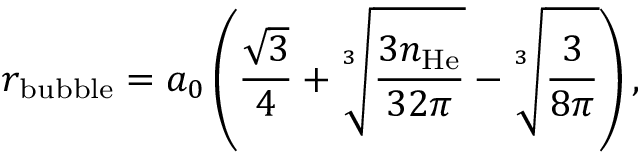
r _ { \mathrm { b u b b l e } } = a _ { 0 } \left( \frac { \sqrt { 3 } } { 4 } + \sqrt [ 3 ] { \frac { 3 n _ { \mathrm { H e } } } { 3 2 \pi } } - \sqrt [ 3 ] { \frac { 3 } { 8 \pi } } \right) ,